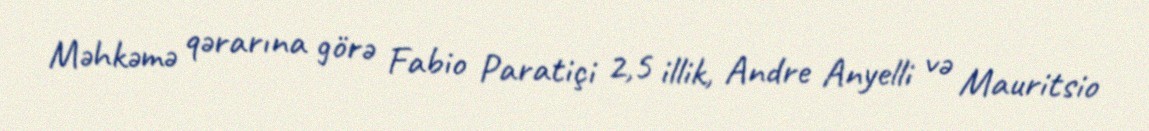
Məhkəmə qərarına görə Fabio Paratiçi 2,5 illik, Andre Anyelli və Mauritsio